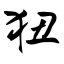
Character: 狃